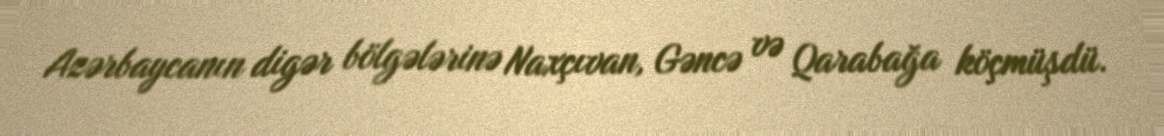
Azərbaycanın digər bölgələrinə Naxçıvan, Gəncə və Qarabağa köçmüşdü.